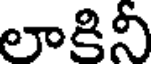
లాకినీ